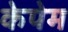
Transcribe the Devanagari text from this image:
केपेम